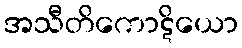
အသီတိကောဋိယော